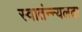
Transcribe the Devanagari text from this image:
स्वातंन्न्यलढा